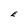
Character: E